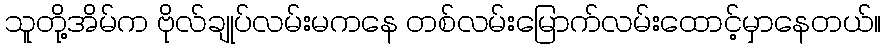
သူတို့အိမ်က ဗိုလ်ချုပ်လမ်းမကနေ တစ်လမ်းမြောက်လမ်းထောင့်မှာနေတယ်။